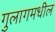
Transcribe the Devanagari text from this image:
गुलागमधील